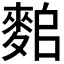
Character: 𪌤